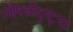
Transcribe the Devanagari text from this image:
औषधीदृष्ट्या